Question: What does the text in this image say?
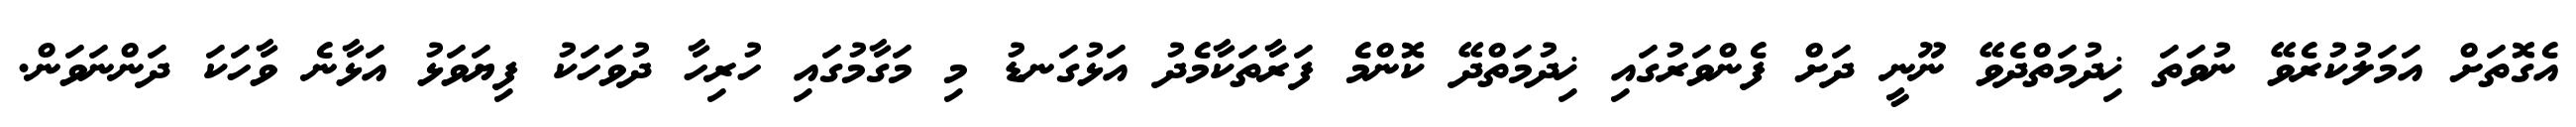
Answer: އެގޮތަށް އަމަލުކުރެވޭ ނުވަތަ ޚިދުމަތްދެވޭ ނޫނީ ދަށް ފެންވަރުގައި ޚިދުމަތްދޭ ކޮންމެ ފަރާތަކާމެދު އަޅުގަނޑު މި މަގާމުގައި ހުރިހާ ދުވަހަކު ފިޔަވަޅު އަޅާނެ ވާހަކަ ދަންނަވަން.